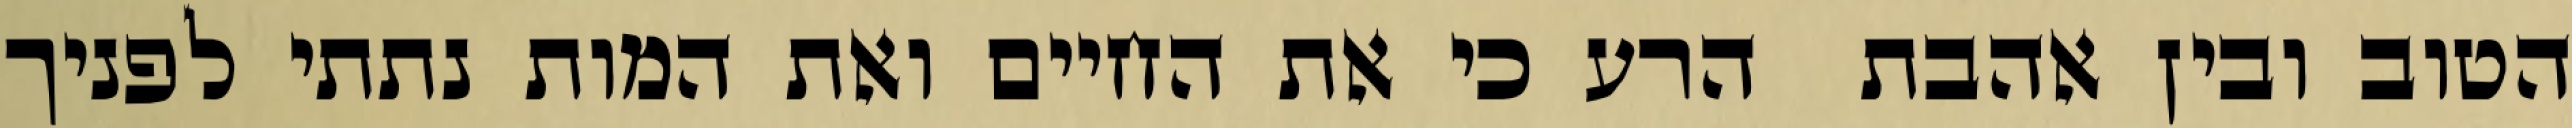
הטוב ובין אהבת  הרע כי את החיים ואת המות נתתי לפניך